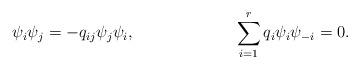
LaTeX: \begin{align*} &\psi_i\psi_j=-q_{ij}\psi_j\psi_i, &&\sum_{i=1}^rq_i\psi_i\psi_{-i}=0.\end{align*}